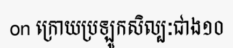
on ក្រោយប្រឡូកសិល្បៈជាង១០